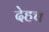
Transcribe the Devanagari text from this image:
देहच